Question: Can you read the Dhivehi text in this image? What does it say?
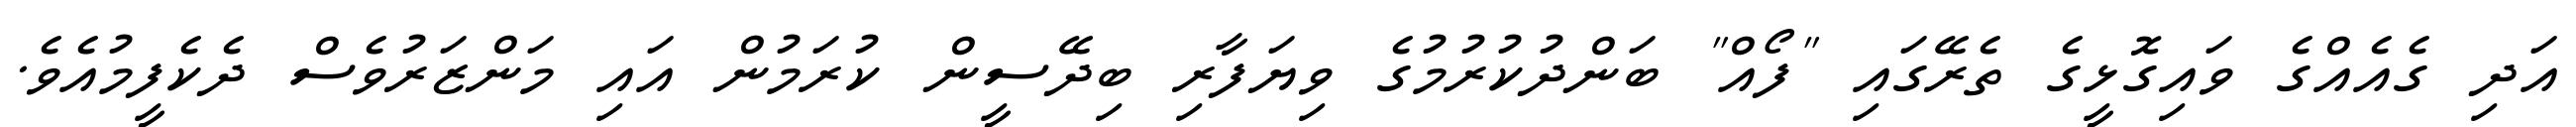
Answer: އަދި ގެއެއްގެ ވައިގޮޅީގެ ތެރޭގައި "ފޯއް" ބަންދުކުރުމުގެ ވިޔަފާރި ބިދޭސީން ކުރަމުން އައި މަންޒަރުވެސް ދެކެފީމުއެވެ.